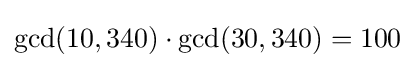
\gcd(10,340)\cdot \gcd(30,340)=100